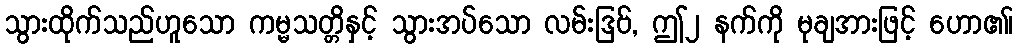
သွားထိုက်သည်ဟူသော ကမ္မသတ္တိနှင့် သွားအပ်သော လမ်းဒြဗ်, ဤ၂ နက်ကို မုချအားဖြင့် ဟော၏၊